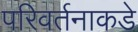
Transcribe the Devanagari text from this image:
परिवर्तनाकडे